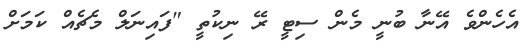
އެހެންވެ އޭނާ ބުނީ މެން ސިޓީ ރޭ ނިކުތީ "ފައިނަލް މެޗެއް ކަމަށް